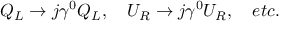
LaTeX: Q _ { L } \to j \gamma ^ { 0 } Q _ { L } , \quad U _ { R } \to j \gamma ^ { 0 } U _ { R } , \quad e t c .